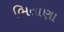
ભિતાણા